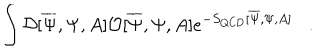
\int { \cal D } [ \overline { { \Psi } } , \Psi , A ] { \cal O } [ \overline { { \Psi } } , \Psi , A ] e ^ { - S _ { \mathrm { Q C D } } [ \overline { { \Psi } } , \Psi , A ] } .